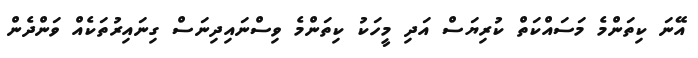
އޭނަ ކިތަންމެ މަސައްކަތް ކުރިޔަސް އަދި މީހަކު ކިތަންމެ ވިސްނައިދިނަސް ގިނައިރުތަކެއް ވަންދެން